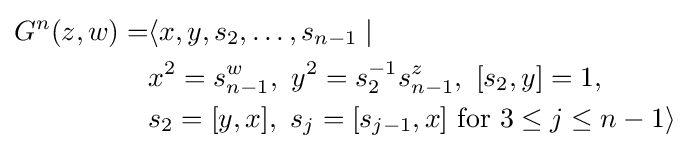
{\begin{aligned}G^{n}(z,w)=&\langle x,y,s_{2},\ldots ,s_{n-1}\mid \\&x^{2}=s_{n-1}^{w},\ y^{2}=s_{2}^{-1}s_{n-1}^{z},\ \lbrack s_{2},y\rbrack =1,\\&s_{2}=\lbrack y,x\rbrack ,\ s_{j}=\lbrack s_{j-1},x\rbrack {\text{ for }}3\leq j\leq n-1\rangle \end{aligned}}